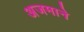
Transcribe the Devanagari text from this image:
अजमाने